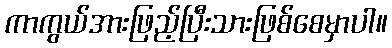
ကာကွယ်အားဖြည့်ပြီးသားဖြစ်စေမှာပါ။